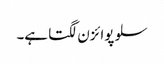
سلو پوائزن لگتا ہے۔